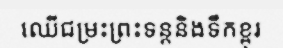
ឈើជម្រះព្រះទន្តនិងទឹកខ្ពុរ